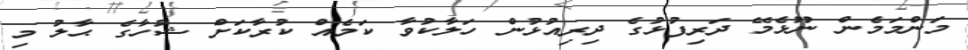
މަންމަމެން ނޫޅެމޭ ދަރިފުޅުގެ ދިރިއުޅުން ހަލާކުވާ ކަމެއް ކުރާކަށް ޝުހާގެ ޙާލު މި